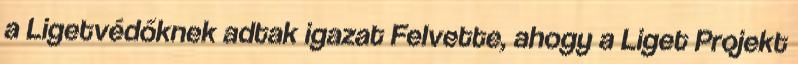
a Ligetvédőknek adtak igazat Felvette, ahogy a Liget Projekt